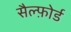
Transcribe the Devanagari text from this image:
सैल्फ़ोर्ड